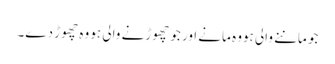
جو ماننے والی ہووہ مانے اور جو چھوڑنے والی ہو وہ چھوڑ دے۔